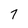
Character: 7